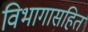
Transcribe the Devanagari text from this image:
विभागासहित